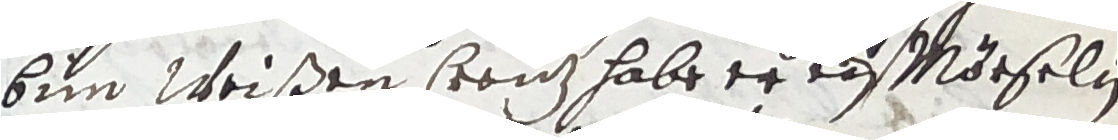
bim Weißen sranz habe er  Mörselin